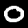
Digit: 0